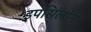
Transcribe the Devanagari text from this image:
इपसिलॉन